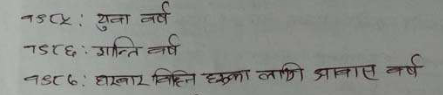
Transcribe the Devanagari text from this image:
१४०५ : युवा वर्ष
१४०६ : शान्ति वर्ष
१४०७ : दाखबार विहीन हक्का लागि प्रयास वर्ष